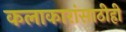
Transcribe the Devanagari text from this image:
कलाकारांसाठीही